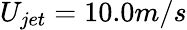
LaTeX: U_{jet}=10.0m/s